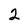
Character: 2